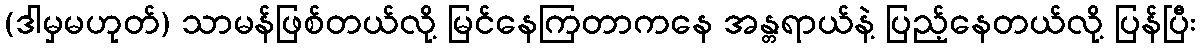
(ဒါမှမဟုတ်) သာမန်ဖြစ်တယ်လို့ မြင်နေကြတာကနေ အန္တရာယ်နဲ့ ပြည့်နေတယ်လို့ ပြန်ပြီး